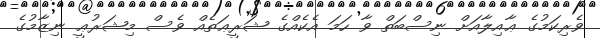
ވެރިކަމުގެ ޢާއިލާއަށް ނިސްބަތް ވާ ހަމަ އެކެއްގެ ޝަރީޢަތެއް ވެސް މިޝަރުޢީ ނިޒާމުގެ